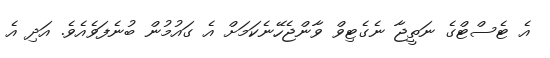
އެ ޓެސްޓްގެ ނަތީޖާ ނެގެޓިވް ވާންޖެހޭނެކަަމަށް އެ ގައުމުން ބުނެފަވެއެވެ. އަދި އެ